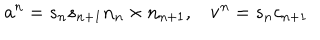
LaTeX: { \bf a } ^ { n } = s _ { n } s _ { n + 1 } { \bf n } _ { n } \times { \bf n } _ { n + 1 } , { \bf v } ^ { n } = s _ { n } c _ { n + 1 }